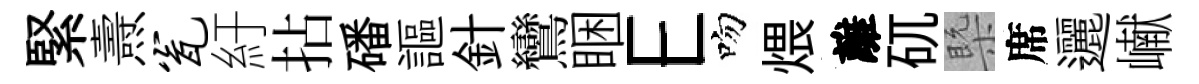
緊燾瓮紆拈磻謳針鸞睏E吻煨離矹槩席邐𪩘